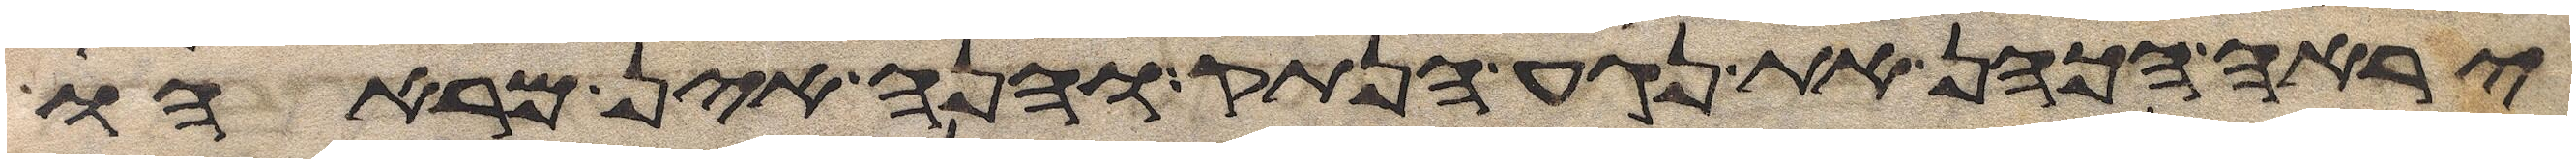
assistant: יראה הכהן את נגע הנתק והנה אין מראהו